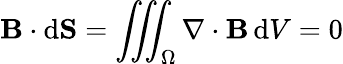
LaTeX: \mathbf{B}\cdot\mathrm{d}\mathbf{S}=\iiint_{\Omega}\nabla\cdot\mathbf{B}\, \mathrm{d}V=0